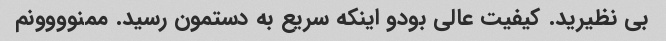
بی نظیرید. کیفیت عالی بودو اینکه سریع به دستمون رسید. ممنوووونم